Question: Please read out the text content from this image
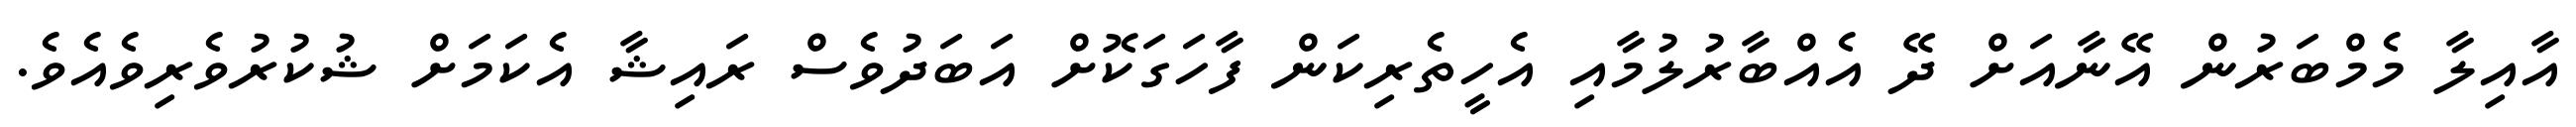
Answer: އާއިލާ މެމްބަރުން އޭނާއަށް ދޭ އެއްބާރުލުމާއި އެހީތެރިކަން ފާހަގަކޮށް އަބަދުވެސް ރައިޝާ އެކަމަށް ޝުކުރުވެރިވެއެވެ.